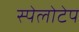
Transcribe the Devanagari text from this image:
स्पेलोटेप